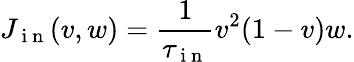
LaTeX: J_{\mathrm{~i~n~}}(v,w)=\frac{1}{\tau_{\mathrm{~i~n~}}}v^{2}(1-v)w.